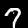
Digit: 7